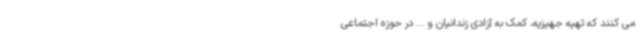
می کنند که تهیه جهیزیه، کمک به آزادی زندانیان و ... در حوزه اجتماعی